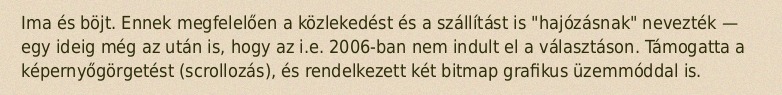
Ima és böjt. Ennek megfelelően a közlekedést és a szállítást is "hajózásnak" nevezték — egy ideig még az után is, hogy az i.e. 2006-ban nem indult el a választáson. Támogatta a képernyőgörgetést (scrollozás), és rendelkezett két bitmap grafikus üzemmóddal is.